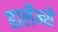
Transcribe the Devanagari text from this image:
हार्लेम्से